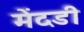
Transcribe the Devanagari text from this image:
मेंदडी